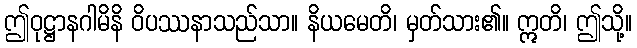
ဤဝုဋ္ဌာနဂါမိနိ ဝိပဿနာသည်သာ။ နိယမေတိ၊ မှတ်သား၏။ ဣတိ၊ ဤသို့။